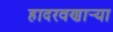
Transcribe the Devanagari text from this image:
हादरवणार्‍या